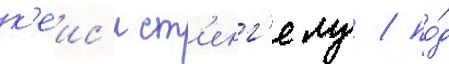
к'еис'и ст'енг'елу / по́д